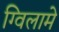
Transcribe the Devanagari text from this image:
ग्विलामे